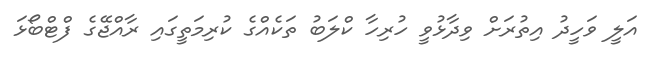
އަލީ ވަހީދު އިތުރަށް ވިދާޅުވީ ހުރިހާ ކްލަބު ތަކެއްގެ ކުރިމަތީގައި ރާއްޖޭގެ ފްޓްބޯޅަ